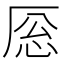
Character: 𪠎